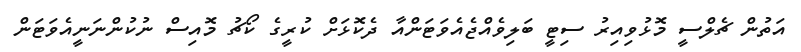
އަތުން ޗެލްސީ މޮޅުވިއިރު ސިޓީ ބަލިވެއްޖެއެވަޓަންއާ ދެކޮޅަށް ކުރީގެ ކޯޗު މޮއިސް ނުކުންނަނީއެވަޓަން